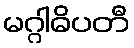
မဂ္ဂါဓိပတီ